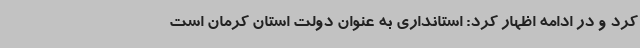
کرد و در ادامه اظهار کرد: استانداری به عنوان دولت استان کرمان است